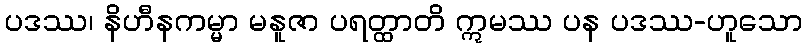
ပဒဿ၊ နိဟီနကမ္မာ မနူဇာ ပရတ္ထာတိ ဣမဿ ပန ပဒဿ-ဟူသော